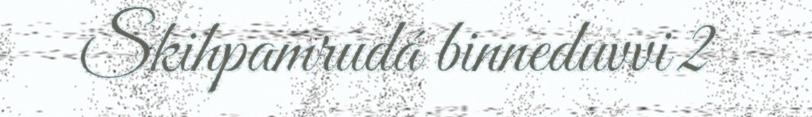
Skihpamrudá binneduvvi 2